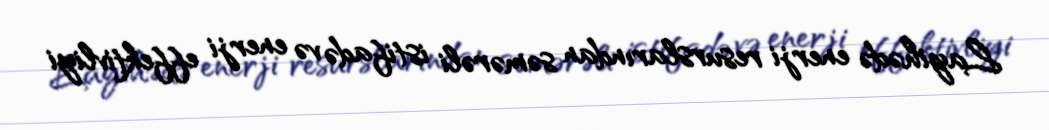
Layihədə enerji resurslarından səmərəli istifadə və enerji effektivliyi